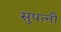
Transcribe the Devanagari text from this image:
सुपत्‍नी